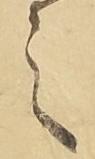
之